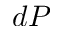
d P